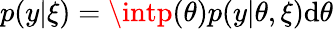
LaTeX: p(y|\xi)=\intp(\theta)p(y|\theta,\xi)\mathrm{d}\theta